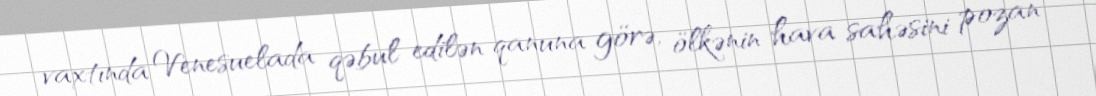
vaxtında Venesuelada qəbul edilən qanuna görə, ölkənin hava sahəsini pozan